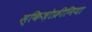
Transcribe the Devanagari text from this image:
स्किज़ोफ्रीनिया